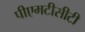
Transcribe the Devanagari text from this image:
पीएमटीसीटी